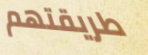
طريقتهم